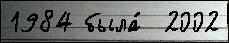
1984 была́  2002